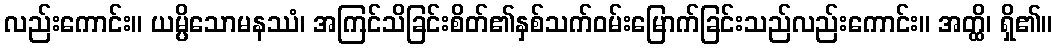
လည်းကောင်း။ ယမ္ပိသောမနဿံ၊ အကြင်သိခြင်းစိတ်၏နှစ်သက်ဝမ်းမြောက်ခြင်းသည်လည်းကောင်း။ အတ္ထိ၊ ရှိ၏။